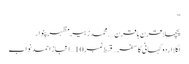
“
پچھلا قرن ہا قرن ….محمدزبیرمظہرپنوار
اگلا اردو کہانی کا سفر…قسط نمبر 10 … اعجاز احمد نواب